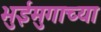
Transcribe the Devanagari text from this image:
भुईमुगाच्या